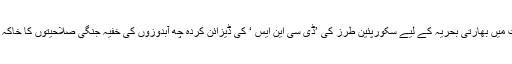
ان صفحات میں بھارتی بحریہ کے لیے سکورپئین طرز کی ’ڈی سی این ایس ‘ کی ڈیزائن کردہ چھ آبدوزوں کی خفیہ جنگی صلاحیتوں کا خاکہ شامل ہے۔